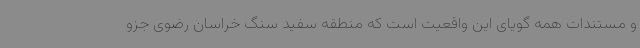
و مستندات همه گویای این واقعیت است که منطقه سفید سنگ خراسان رضوی جزو